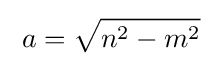
\;a={\sqrt {n^{2}-m^{2}}}